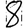
Digit: 8